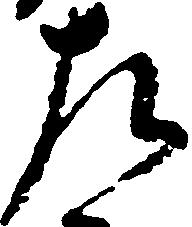
左